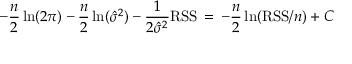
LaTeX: - { \frac { n } { 2 } } \ln ( 2 \pi ) - { \frac { n } { 2 } } \ln ( { \hat { \sigma } } ^ { 2 } ) - { \frac { 1 } { 2 { \hat { \sigma } } ^ { 2 } } } \mathrm { R S S } \, = \, - { \frac { n } { 2 } } \ln ( \mathrm { R S S } / n ) + C